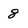
Character: 8